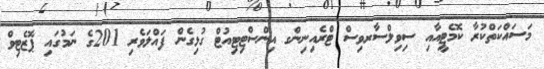
މަސައްކަތްކުރާ ކޮމެޓީއާއި ސިވިލްސާރވިސް ޓްރެއިނިންގ އިންސްޓިޓިއުޓް ގުޅިގެން ފައްލަވެރި 201ގެ ނަމުގައި ޕޮޒެޓިވް